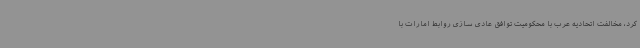
کرد، مخالفت اتحادیه عرب با محکومیت توافق عادی سازی روابط امارات با